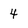
Character: 4